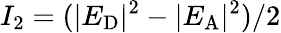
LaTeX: I_{2}=(|E_{\mathrm{D}}|^{2}-|E_{\mathrm{A}}|^{2})/2